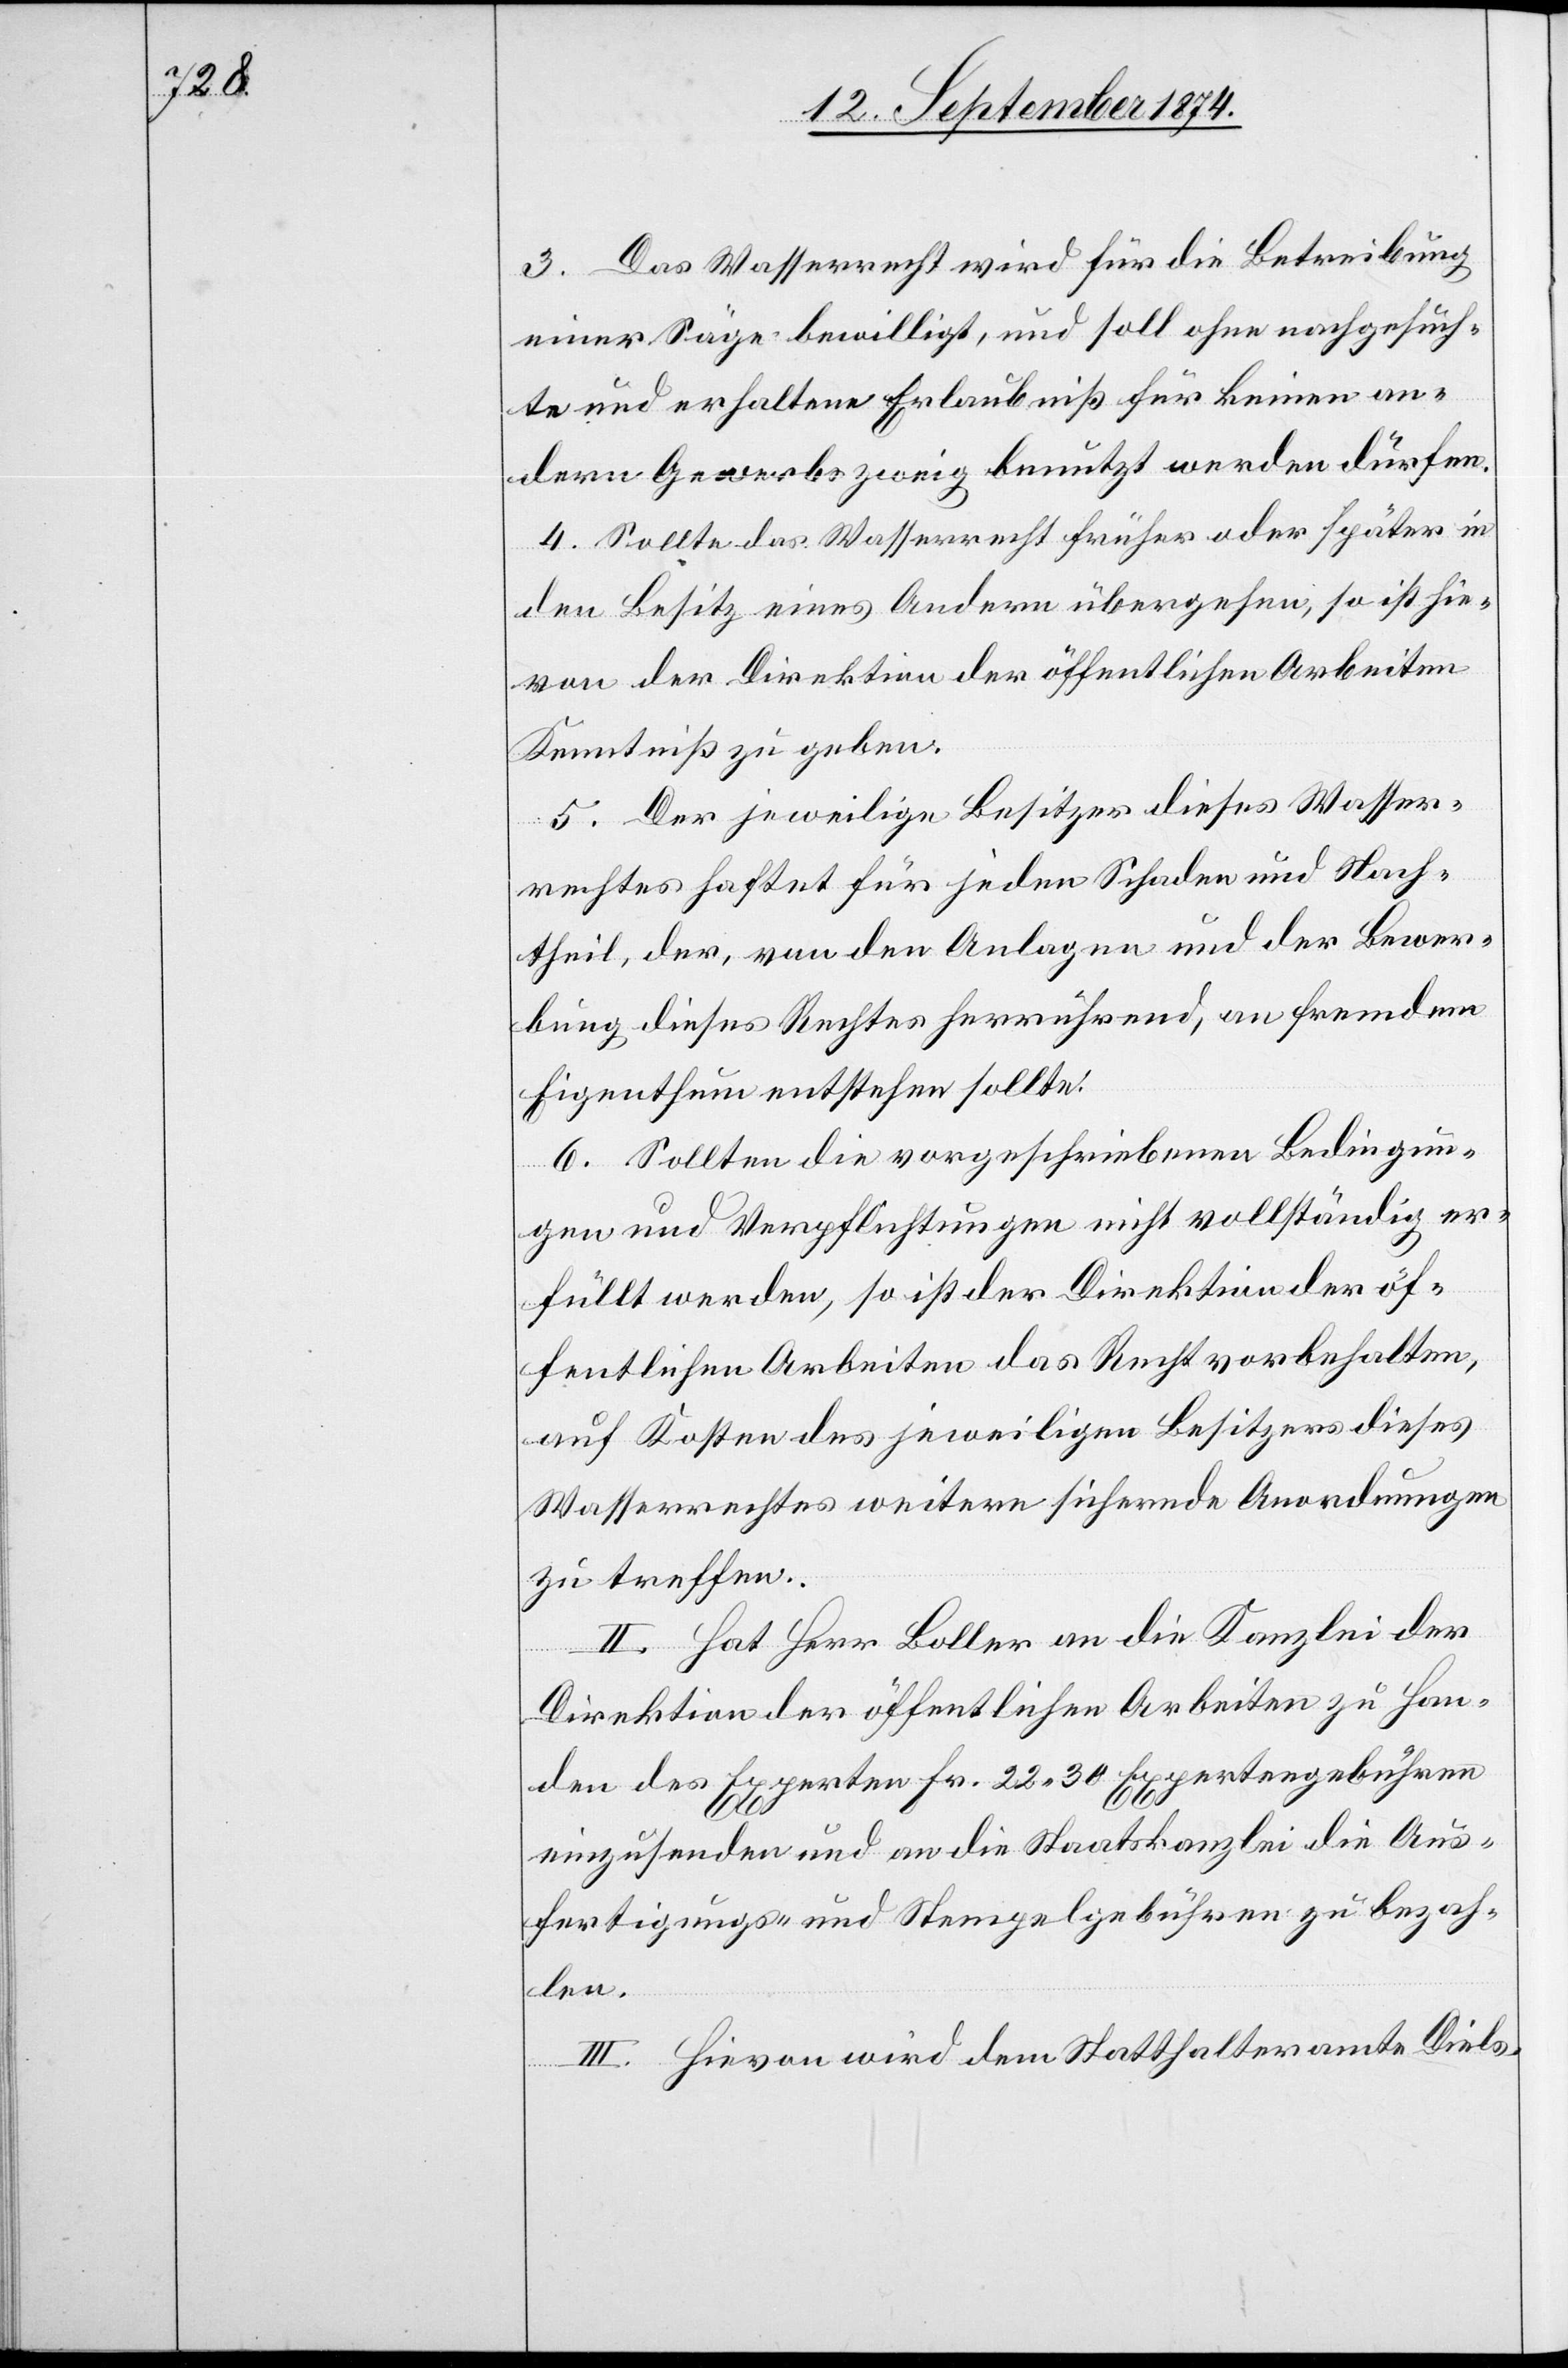
3. Das Wasserrecht wird für die Betreibung
einer Säge bewilligt, und soll ohne nachgesuch¬
te und erhaltene Erlaubniß für keinen an¬
dern Gewerbszweig benutzt werden dürfen.
4. Sollte das Wasserrecht früher oder später in
den Besitz eines Andern übergehen, so ist hie¬
von der Direktion der öffentlichen Arbeiten
Kenntniß zu geben.
5. Der jeweilige Besitzer dieses Wasser¬
rechtes haftet für jeden Schaden und Nach¬
theil, der, von den Anlagen und der Bewer¬
bung dieses Rechtes herrührend, an fremdem
Eigenthum entstehen sollte.
6. Sollten die vorgeschriebenen Bedingun¬
gen und Verpflichtungen nicht vollständig er¬
füllt werden, so ist der Direktion der öf¬
fentlichen Arbeiten das Recht vorbehalten,
auf Kosten des jeweiligen Besitzers dieses
Wasserrechtes weitere sichernde Anordnungen
zu treffen.
II. Hat Herr Boller an die Kanzlei der
Direktion der öffentlichen Arbeiten zu Han¬
den des Experten Fr. 22.30 Expertengebühren
einzusenden und an die Staatskanzlei die Aus¬
fertigungs- und Stempelgebühren zu bezah¬
len.
III. Hievon wird dem Statthalteramte Diels-